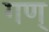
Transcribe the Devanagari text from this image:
गण्